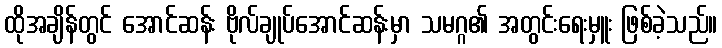
ထိုအချိန်တွင် အောင်ဆန်း ဗိုလ်ချုပ်အောင်ဆန်းမှာ သမဂ္ဂ၏ အတွင်းရေးမှူး ဖြစ်ခဲ့သည်။